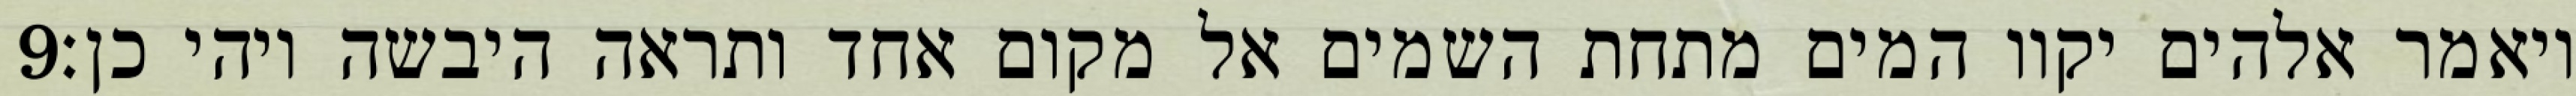
‎9‏ ויאמר אלהים יקוו המים מתחת השמים אל מקום אחד ותראה היבשה ויהי כן׃